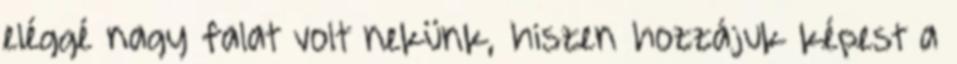
eléggé nagy falat volt nekünk, hiszen hozzájuk képest a